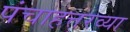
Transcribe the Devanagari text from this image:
पंचाहत्तरव्या